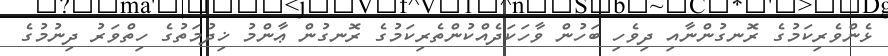
ޅެންވެރިކަމުގެ ރޮނގުންނާއި ދިވެހި ބަހުން ވާހަކަދެއްކުންތެރިކަމުގެ ރޮނގުން ޢާންމު ޚިދުމަތުގެ ހިތްވަރު ދިނުމުގެ